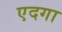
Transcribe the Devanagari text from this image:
एदगा